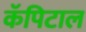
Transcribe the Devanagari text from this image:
कॅपिटाल